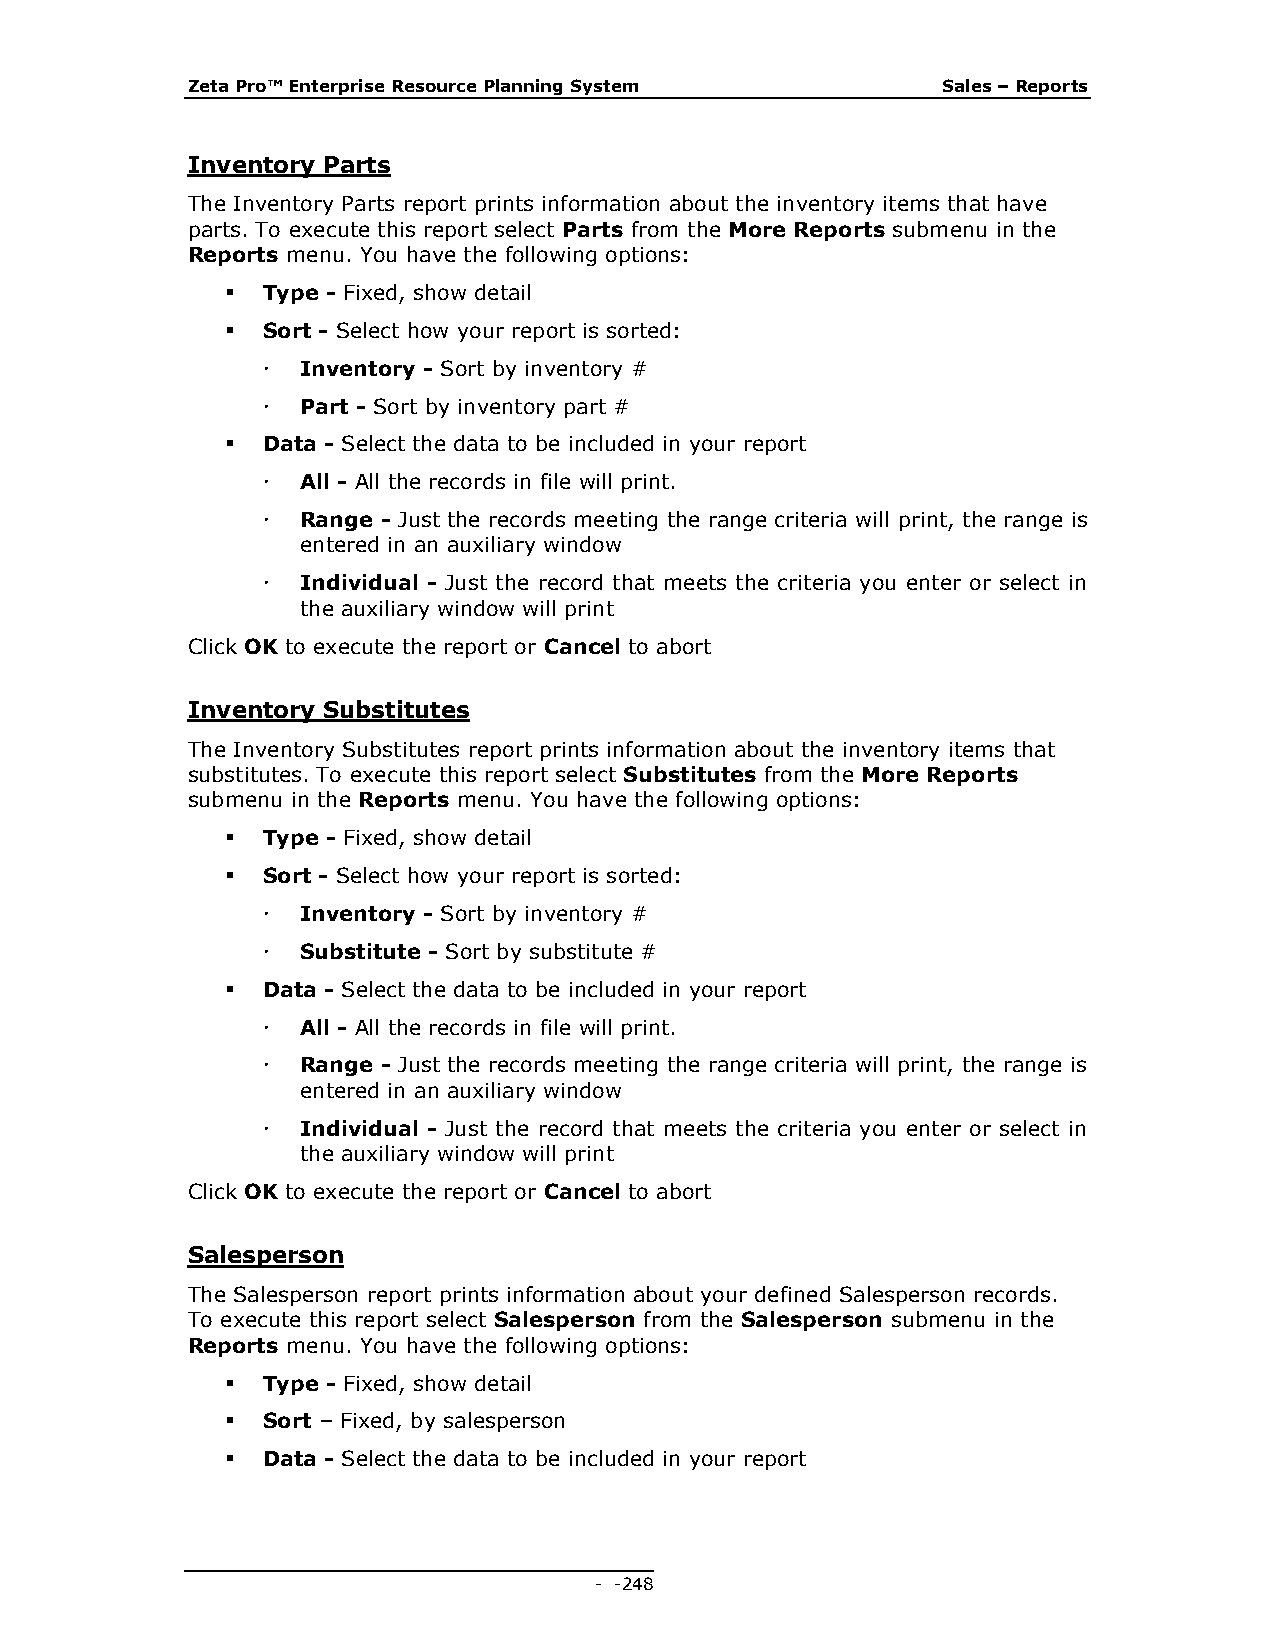
Zeta Pro™ Enterprise Resource Planning System     Sales – Reports
 Inventory Parts
 The Inventory Parts report prints information about the inventory items that have
 parts. To execute this report select Parts from the More Reports submenu in the
 Reports menu. You have the following options:
  Type - Fixed, show detail
  Sort - Select how your report is sorted:
   Inventory - Sort by inventory #
   Part - Sort by inventory part #
  Data - Select the data to be included in your report
   All - All the records in file will print.
   Range - Just the records meeting the range criteria will print, the range is
 entered in an auxiliary window
   Individual - Just the record that meets the criteria you enter or select in
 the auxiliary window will print
 Click OK to execute the report or Cancel to abort
 Inventory Substitutes
 The Inventory Substitutes report prints information about the inventory items that
 substitutes. To execute this report select Substitutes from the More Reports
 submenu in the Reports menu. You have the following options:
  Type - Fixed, show detail
  Sort - Select how your report is sorted:
   Inventory - Sort by inventory #
   Substitute - Sort by substitute #
  Data - Select the data to be included in your report
   All - All the records in file will print.
   Range - Just the records meeting the range criteria will print, the range is
 entered in an auxiliary window
   Individual - Just the record that meets the criteria you enter or select in
 the auxiliary window will print
 Click OK to execute the report or Cancel to abort
 Salesperson
 The Salesperson report prints information about your defined Salesperson records.
 To execute this report select Salesperson from the Salesperson submenu in the
 Reports menu. You have the following options:
  Type - Fixed, show detail
  Sort – Fixed, by salesperson
  Data - Select the data to be included in your report
 - - 248